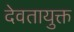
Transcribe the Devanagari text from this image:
देवतायुक्त